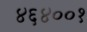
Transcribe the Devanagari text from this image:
४६४००१